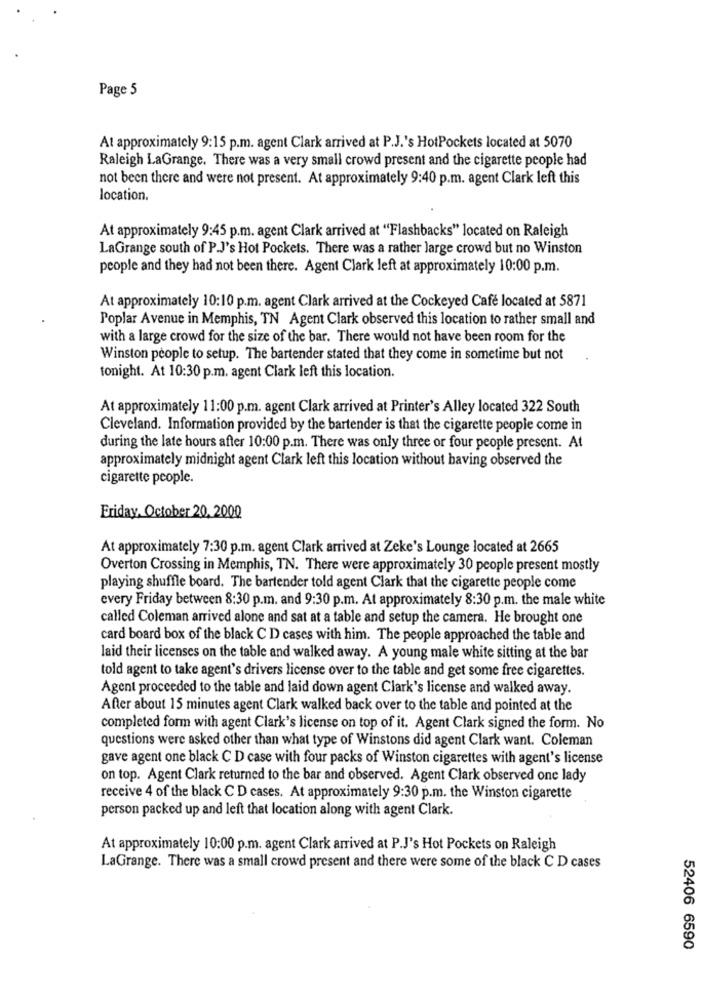
Page 5
At approximately 9:15 p.m. agent Clark arrived at P.J.'s HotPockets located at 5070
Raleigh LaGrange. There was a very small crowd present and the cigarette people had
not been there and were not present. At approximately 9:40 p.m. agent Clark left this
location.
At approximately 9:45 p.m. agent Clark arrived at "Flashbacks" located on Raleigh
LaGrange south of P.J's Hot Pockets. There was a rather large crowd but no Winston
people and they had not been there. Agent Clark left at approximately 10:00 p.m.
At approximately 10:10 p.m. agent Clark arrived at the Cockeyed Café located at 5871
Poplar Avenue in Memphis, TN Agent Clark observed this location to rather small and
with a large crowd for the size of the bar. There would not have been room for the
Winston people to setup. The bartender stated that they come in sometime but not
tonight. At 10:30 p.m. agent Clark left this location.
At approximately 11:00 p.m. agent Clark arrived at Printer's Alley located 322 South
Cleveland. Information provided by the bartender is that the cigarette people come in
during the late hours after 10:00 p.m. There was only three or four people present. At
approximately midnight agent Clark left this location without having observed the
cigarette people.
Friday, October 20, 2000
At approximately 7:30 p.m. agent Clark arrived at Zeke's Lounge located at 2665
Overton Crossing in Memphis, TN. There were approximately 30 people present mostly
playing shuffle board. The bartender told agent Clark that the cigarette people come
every Friday between 8:30 p.m. and 9:30 p.m. At approximately 8:30 p.m. the male white
called Coleman arrived alone and sat at a table and setup the camera. He brought one
card board box of the black C D cases with him. The people approached the table and
laid their licenses on the table and walked away. A young male white sitting at the bar
told agent to take agent's drivers license over to the table and get some free cigarettes.
Agent proceeded to the table and laid down agent Clark's license and walked away.
After about 15 minutes agent Clark walked back over to the table and pointed at the
completed form with agent Clark's license on top of it. Agent Clark signed the form. No
questions were asked other than what type of Winstons did agent Clark want. Coleman
gave agent one black C D case with four packs of Winston cigarettes with agent's license
on top. Agent Clark returned to the bar and observed. Agent Clark observed one lady
receive 4 of the black C D cases. At approximately 9:30 p.m. the Winston cigarette
person packed up and left that location along with agent Clark.
At approximately 10:00 p.m. agent Clark arrived at P.J's Hot Pockets on Raleigh
LaGrange. There was a small crowd present and there were some of the black C D cases
52406 6590